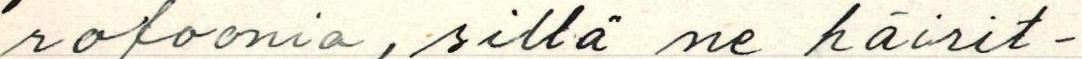
rofonia, sillä ne häirit-